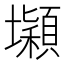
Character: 𡓡